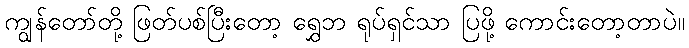
ကျွန်တော်တို့ ဖြတ်ပစ်ပြီးတော့ ရွှေဘ ရုပ်ရှင်သာ ပြဖို့ ကောင်းတော့တာပဲ။